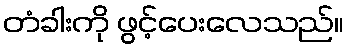
တံခါးကို ဖွင့်ပေးလေသည်။